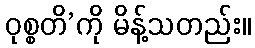
ဝုစ္စတိ’ကို မိန့်သတည်း။